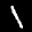
Label: 1